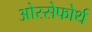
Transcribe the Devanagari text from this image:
ओस्सेफोर्थ